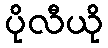
ပိုလီယို